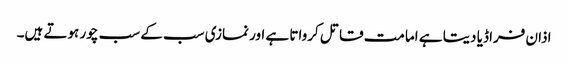
اذان فراڈیا دیتا ہے امامت قاتل کرواتا ہے اور نمازی سب کے سب چور ہوتے ہیں۔